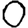
Digit: 0